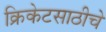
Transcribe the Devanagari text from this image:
क्रिकेटसाठीचे